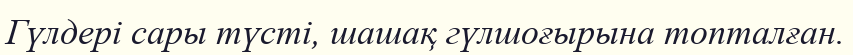
Гүлдері сары түсті, шашақ гүлшоғырына топталған.